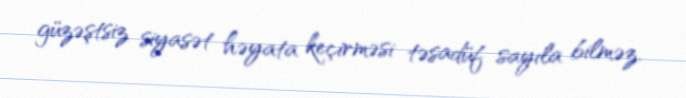
güzəştsiz siyasət həyata keçirməsi təsadüf sayıla bilməz.